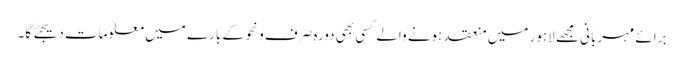
برائے مہربانی مجھے لاہور میں منعقد ہونے والے کسی بھی دورہ صرف و نحو کے بارے میں معلومات دیجئے گا۔